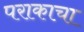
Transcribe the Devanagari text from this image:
पराकाचा